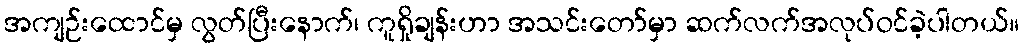
အကျဉ်းထောင်မှ လွတ်ပြီးနောက်၊ ကူရှိုချန်းဟာ အသင်းတော်မှာ ဆက်လက်အလုပ်ဝင်ခဲ့ပါတယ်။